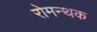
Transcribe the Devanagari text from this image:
रोमन्थक